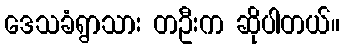
ဒေသခံရွာသား တဦးက ဆိုပါတယ်။